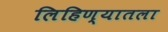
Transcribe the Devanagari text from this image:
लिहिण्यातला